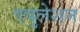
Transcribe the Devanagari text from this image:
एवुलेशन